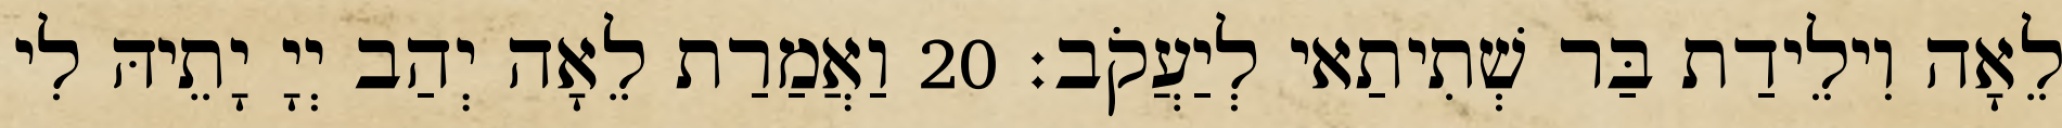
לֵאָה וִילֵידַת בַּר שְׁתִיתַאי לְיַעֲקֹב׃ 20 וַאֲמַרַת לֵאָה יְהַב יְיָ יָתֵיהּ לִי